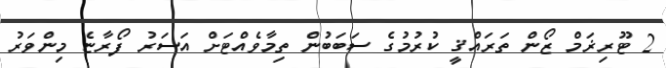
2 ޓޫރިޜަމް ޒޯން ތަރައްޤީ ކުރުމުގެ ސަބަބުން ތިމާވެއްޓަށް އަސަރު ފޯރާޏެ މިންވަރު